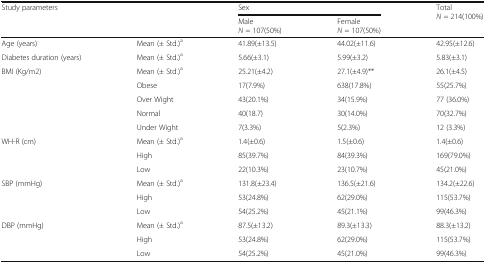
<table><thead><tr><td rowspan="2" colspan="2"><b>Study parameters</b></td><td colspan="2"><b>Sex</b></td><td rowspan="2"><b>Total <i>N</i> = 214(100%)</b></td></tr><tr><td><b>Male <i>N</i> = 107(50%)</b></td><td><b>Female<i>N</i> = 107(50%)</b></td></tr></thead><tbody><tr><td>Age (years)</td><td>Mean (± Std.)<sup>a</sup></td><td>41.89(±13.5)</td><td>44.02(±11.6)</td><td>42.95(±12.6)</td></tr><tr><td>Diabetes duration (years)</td><td>Mean (± Std.)<sup>a</sup></td><td>5.66(±3.1)</td><td>5.99(±3.2)</td><td>5.83(±3.1)</td></tr><tr><td rowspan="5">BMI (Kg/m2)</td><td>Mean (± Std.)<sup>a</sup></td><td>25.21(±4.2)</td><td>27.1(±4.9)**</td><td>26.1(±4.5)</td></tr><tr><td>Obese</td><td>17(7.9%)</td><td>638(17.8%)</td><td>55(25.7%)</td></tr><tr><td>Over Wight</td><td>43(20.1%)</td><td>34(15.9%)</td><td>77 (36.0%)</td></tr><tr><td>Normal</td><td>40(18.7)</td><td>30(14.0%)</td><td>70(32.7%)</td></tr><tr><td>Under Wight</td><td>7(3.3%)</td><td>5(2.3%)</td><td>12 (3.3%)</td></tr><tr><td rowspan="3">WH-R (cm)</td><td>Mean (± Std.)<sup>a</sup></td><td>1.4(±0.6)</td><td>1.5(±0.6)</td><td>1.4(±0.6)</td></tr><tr><td>High</td><td>85(39.7%)</td><td>84(39.3%)</td><td>169(79.0%)</td></tr><tr><td>Low</td><td>22(10.3%)</td><td>23(10.7%)</td><td>45(21.0%)</td></tr><tr><td rowspan="3">SBP (mmHg)</td><td>Mean (± Std.)<sup>a</sup></td><td>131.8(±23.4)</td><td>136.5(±21.6)</td><td>134.2(±22.6)</td></tr><tr><td>High</td><td>53(24.8%)</td><td>62(29.0%)</td><td>115(53.7%)</td></tr><tr><td>Low</td><td>54(25.2%)</td><td>45(21.1%)</td><td>99(46.3%)</td></tr><tr><td rowspan="3">DBP (mmHg)</td><td>Mean (± Std.)<sup>a</sup></td><td>87.5(±13.2)</td><td>89.3(±13.3)</td><td>88.3(±13.2)</td></tr><tr><td>High</td><td>53(24.8%)</td><td>62(29.0%)</td><td>115(53.7%)</td></tr><tr><td>Low</td><td>54(25.2%)</td><td>45(21.0%)</td><td>99(46.3%)</td></tr></tbody></table>